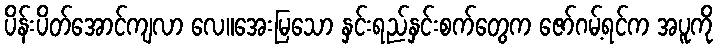
ပိန်းပိတ်အောင်ကျလာ လေ။အေးမြသော နှင်းရည်နှင်းစက်တွေက ဇော်ဂမ့်ရင်က အပူကို